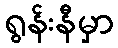
ရွန်းနီမှာ